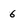
Character: 6